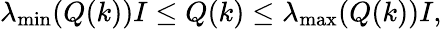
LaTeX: \lambda_{\operatorname*{min}}(Q(k))I\leq Q(k)\leq\lambda_{\operatorname*{max}}(Q(k))I,